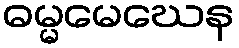
ဓမ္မမေဃေန